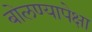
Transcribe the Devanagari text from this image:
बोलण्यापेक्षा